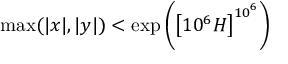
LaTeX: \operatorname* { m a x } ( | x | , | y | ) < \exp \left( \left[ 1 0 ^ { 6 } H \right] ^ { { 1 0 } ^ { 6 } } \right)